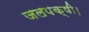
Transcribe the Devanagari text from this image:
जलपक्षी।